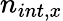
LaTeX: n_{int,x}